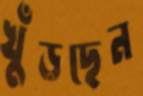
খুঁড়ছেন